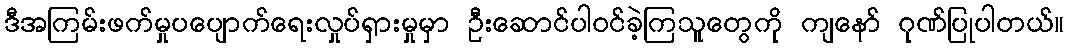
ဒီအကြမ်းဖက်မှုပပျောက်ရေးလှုပ်ရှားမှုမှာ ဦးဆောင်ပါဝင်ခဲ့ကြသူတွေကို ကျနော် ဂုဏ်ပြုပါတယ်။